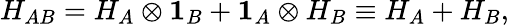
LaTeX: H_{AB}=H_{A}\otimes\mathbf{1}_{B}+\mathbf{1}_{A}\otimes H_{B}\equiv H_{A}+H_{B},